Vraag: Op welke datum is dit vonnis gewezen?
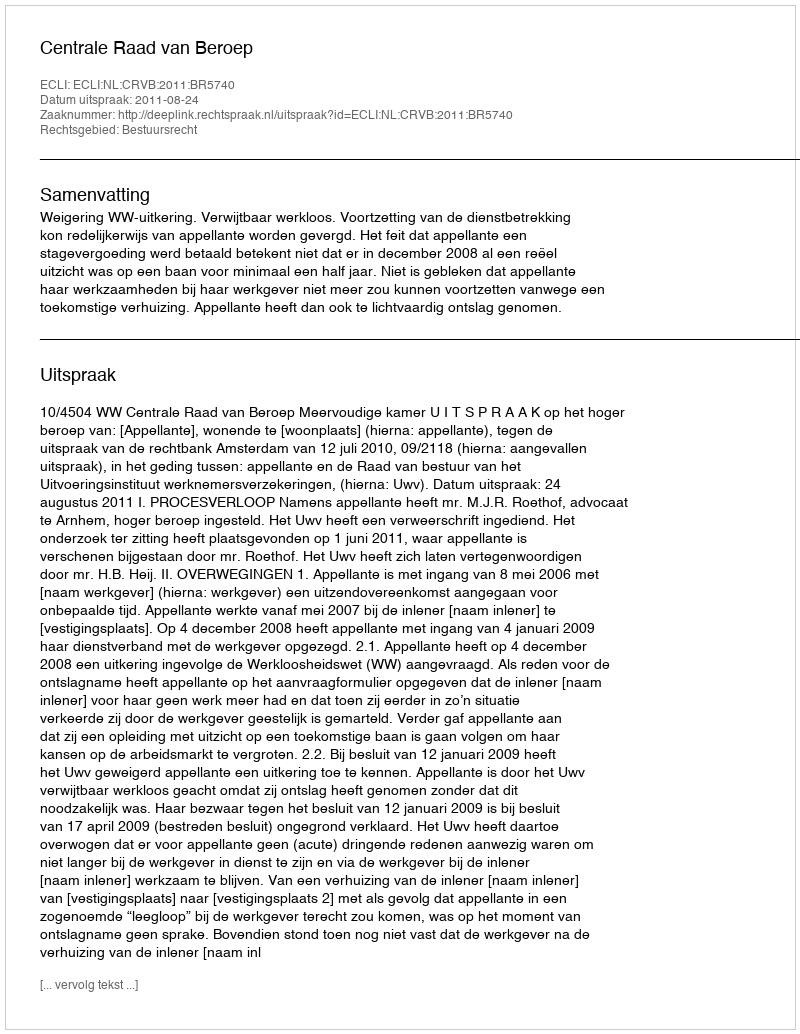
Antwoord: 2011-08-24